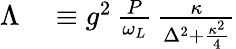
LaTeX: \begin{array}{rl}{\Lambda}&{{}\equiv g^{2}\, \frac{P}{\omega_{L}}\, \frac{\kappa}{\Delta^{2}+\frac{\kappa^{2}}{4}}}\end{array}